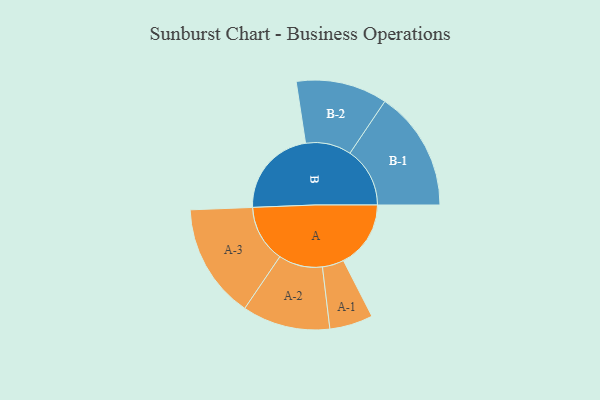
{"axis": {"x": "Segment", "y": "Value"}, "legend": ["", "A", "B"], "data": [{"x": "A", "y": 311, "type": ""}, {"x": "B", "y": 413, "type": ""}, {"x": "A-1", "y": 100, "type": "A"}, {"x": "A-2", "y": 203, "type": "A"}, {"x": "A-3", "y": 265, "type": "A"}, {"x": "B-1", "y": 277, "type": "B"}, {"x": "B-2", "y": 211, "type": "B"}]}